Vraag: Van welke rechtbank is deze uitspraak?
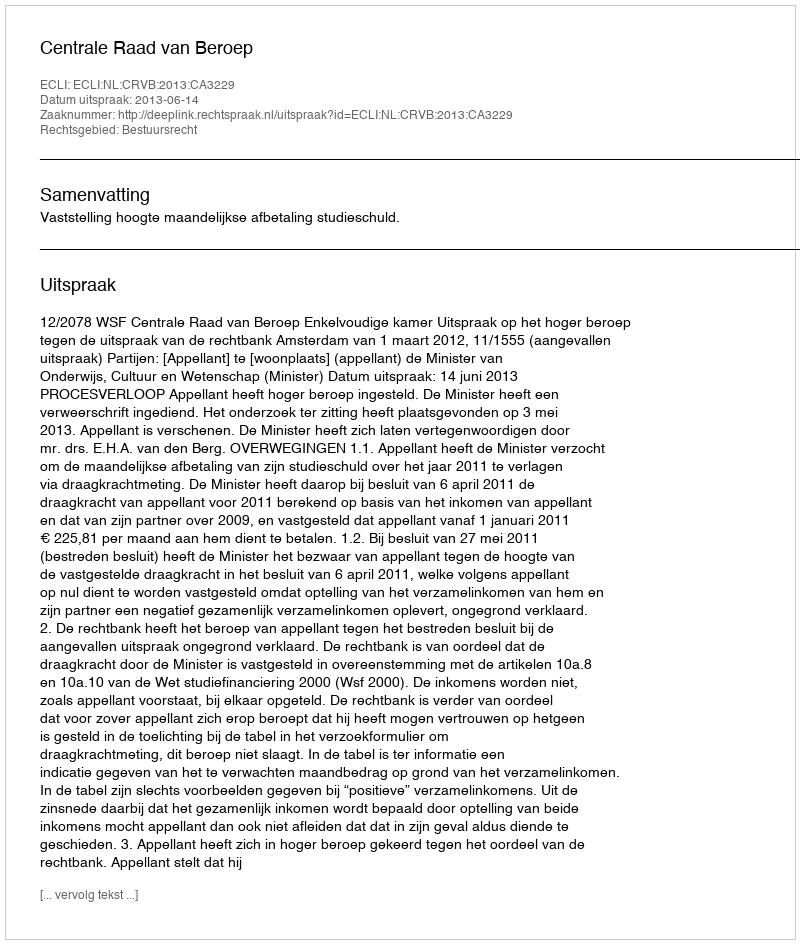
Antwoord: Centrale Raad van Beroep